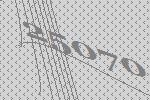
25070